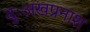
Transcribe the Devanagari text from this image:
दुःअखप्रनाश